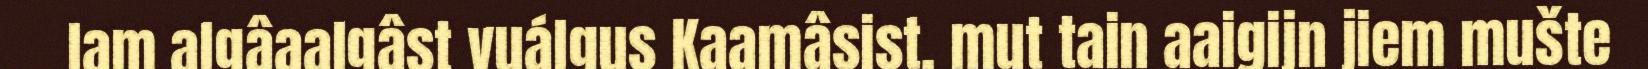
lam algâaalgâst vuálgus Kaamâsist, mut tain aaigijn jiem mušte